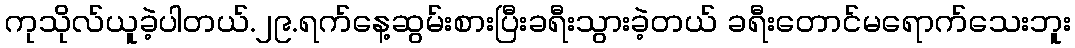
ကုသိုလ်ယူခဲ့ပါတယ်.၂၉.ရက်နေ့ဆွမ်းစားပြီးခရီးသွားခဲ့တယ် ခရီးတောင်မရောက်သေးဘူး